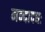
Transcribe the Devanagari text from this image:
मन्दादधः